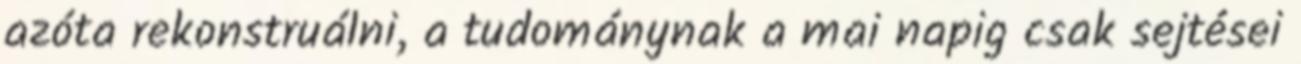
azóta rekonstruálni, a tudománynak a mai napig csak sejtései